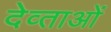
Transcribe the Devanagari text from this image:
देव्ताओं